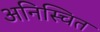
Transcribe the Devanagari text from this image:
अनिस्चित